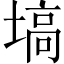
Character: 塙